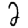
Digit: 2